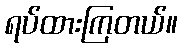
ရပ်ထားကြတယ်။